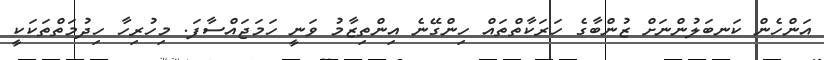
އަންހެން ކަނބަލުންނަށް ޒުންބާގެ ހަރަކާތްތައް ހިންގޭނެ އިންތިޒާމު ވަނީ ހަމަޖައްސާފަ. މިހުރިހާ ހިދުމަތްތަކަކީ